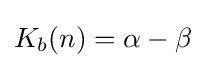
K_{b}(n)=\alpha -\beta